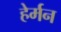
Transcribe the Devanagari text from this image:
हेर्मन